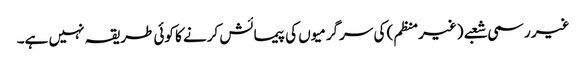
غیر رسمی شعبے (غیرمنظم) کی سرگرمیوں کی پیمائش کرنے کا کوئی طریقہ نہیں ہے۔